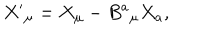
X ^ { \prime } { } _ { \mu } = X _ { \mu } - B ^ { a } { } _ { \mu } X _ { a } ,